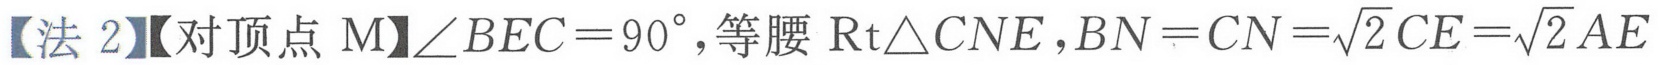
【法 2】【对顶点 \(M\)】\(\angle BEC = 90^{\circ}\), 等腰 \(\mathrm{Rt}\triangle CNE\), \(BN = CN=\sqrt{2}CE=\sqrt{2}AE\)